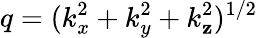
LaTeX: q=(k_{x}^{2}+k_{y}^{2}+k_{\mathbf{z}}^{2})^{1/2}